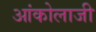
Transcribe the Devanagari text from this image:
आंकोलाजी